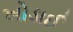
ખોડાઈ